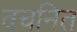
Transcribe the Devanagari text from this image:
वचनित